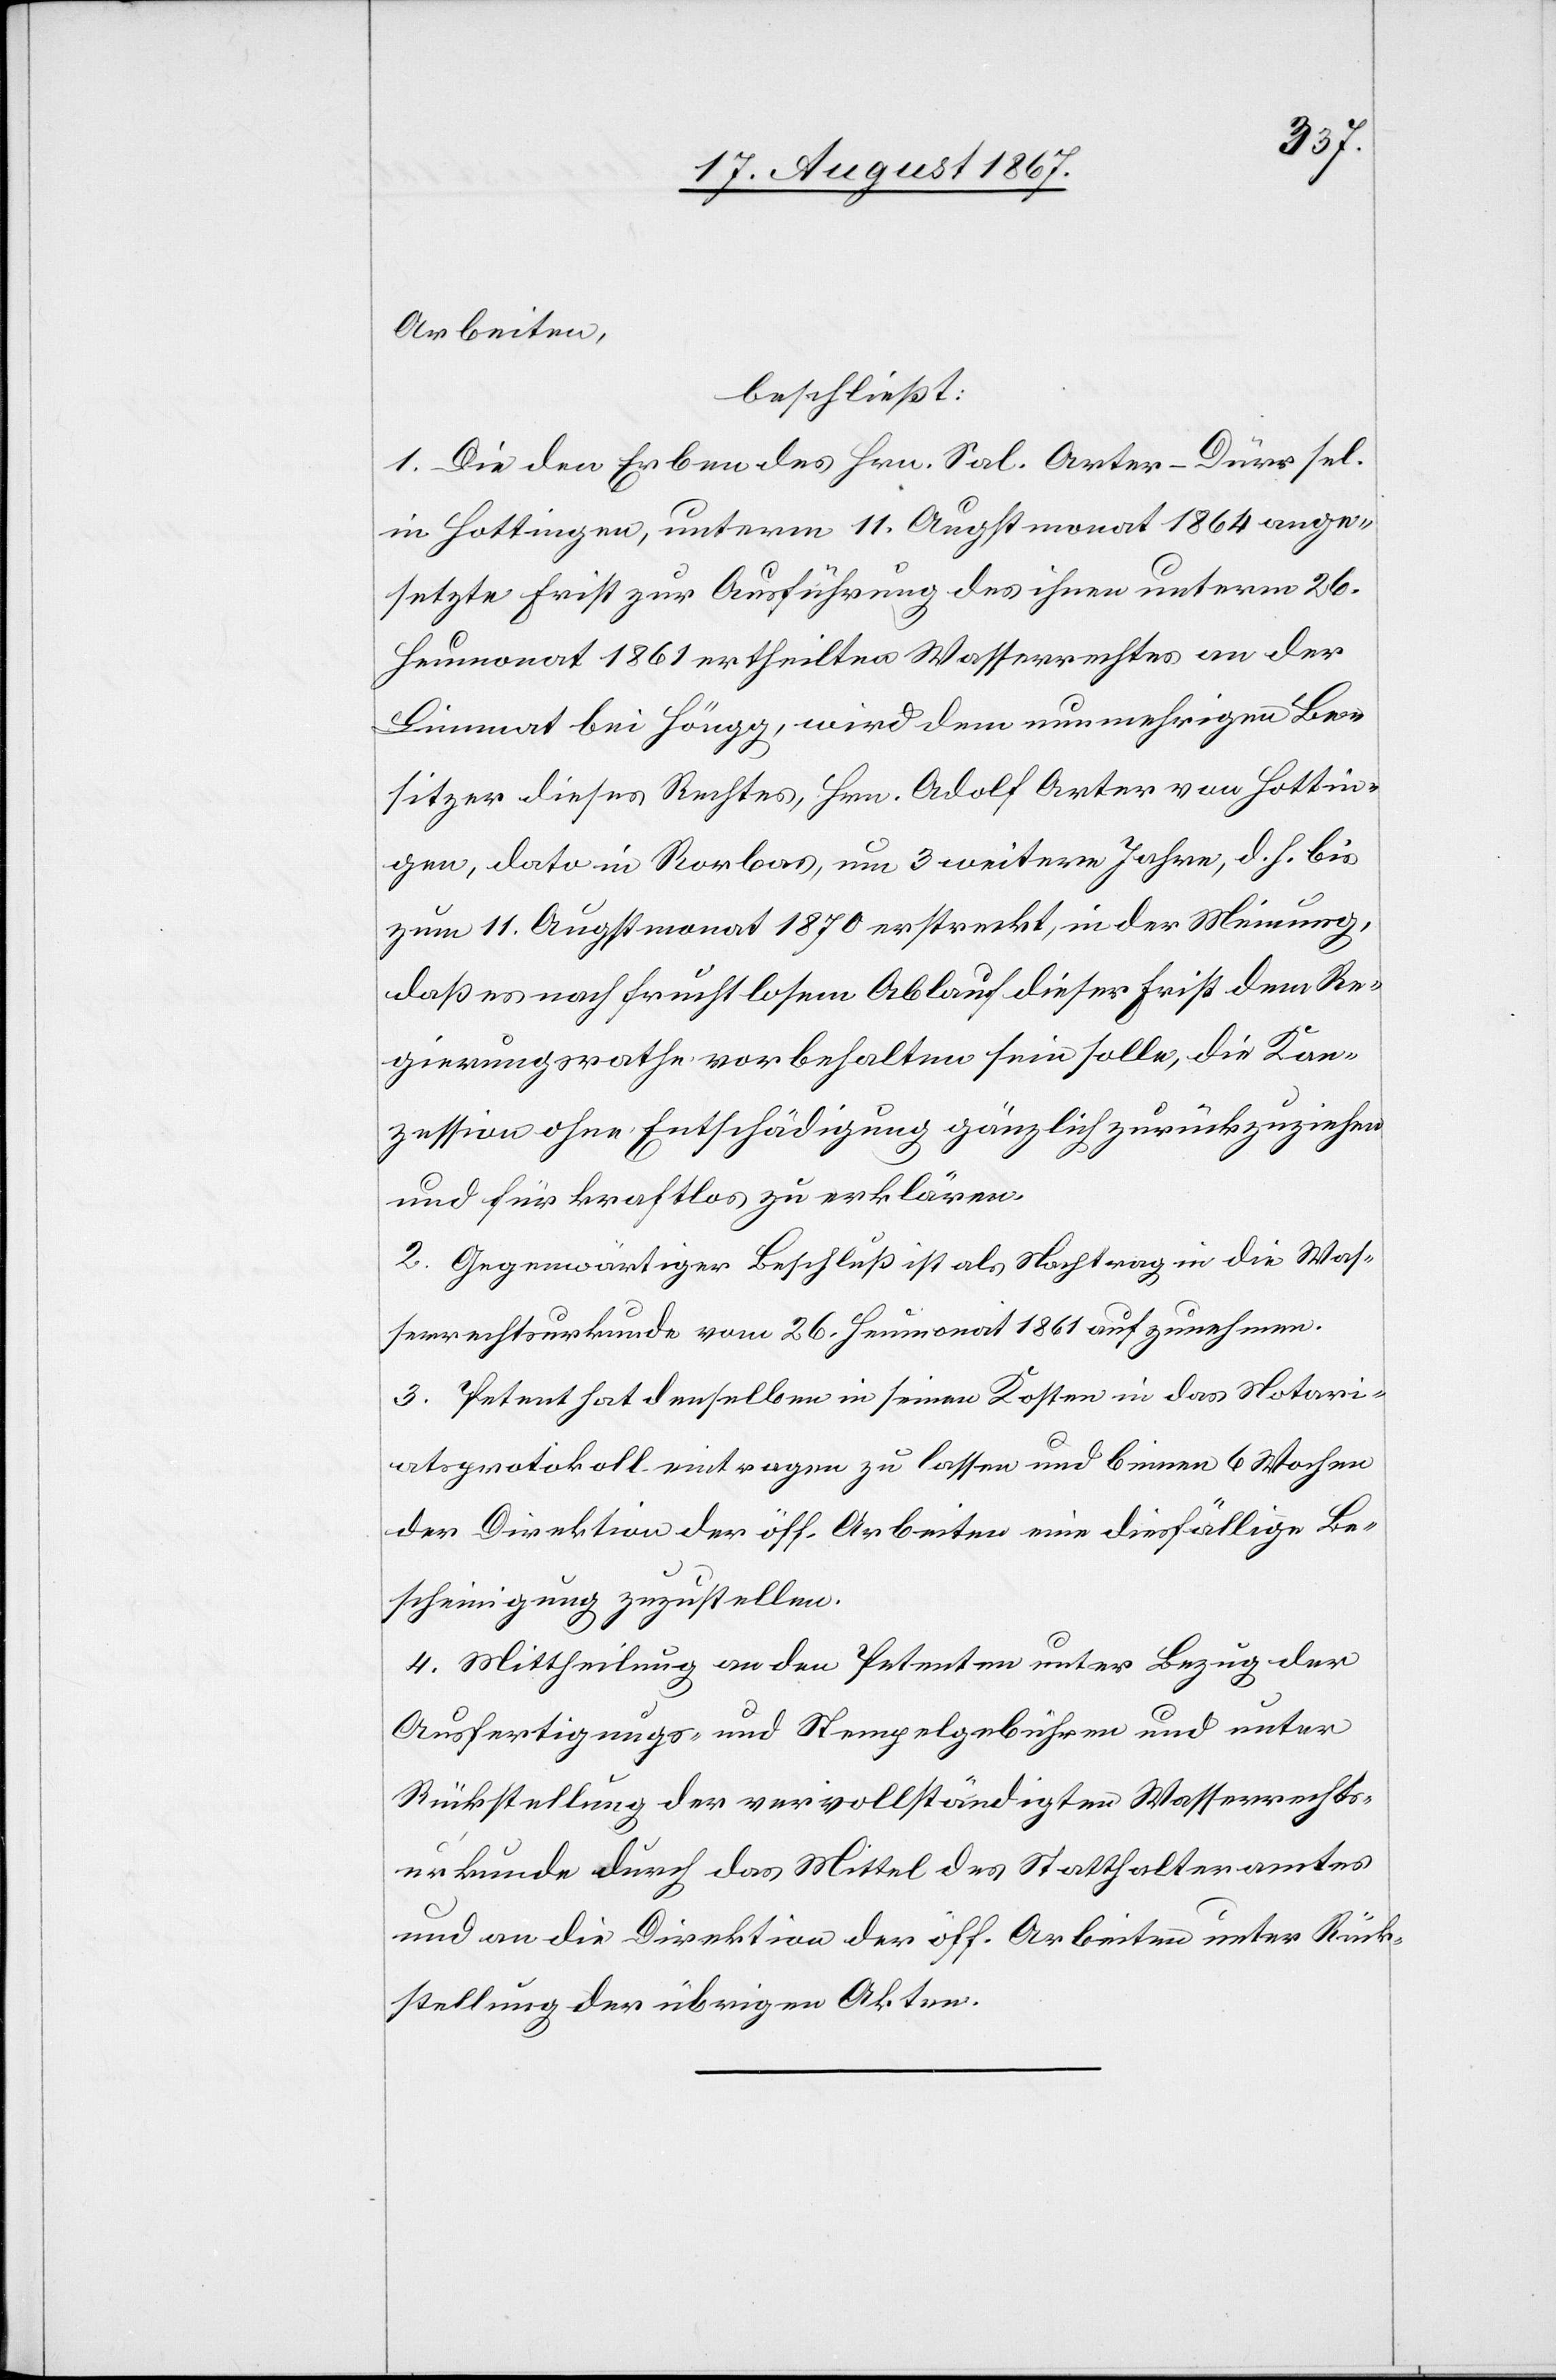
Arbeiten,
beschließt:
1. Die den Erben des Hrn. Sal. Arter-Dürer sel.
in Hottingen, unterm 11. Augstmonat 1864 ange¬
setzte Frist zur Ausführung des ihnen unterm 26.
Heumonat 1861 ertheilten Wasserrechtes an der
Limmat bei Höngg, wird dem nunmehrigen Be¬
sitzer dieses Rechtes, Hrn. Adolf Arter von Hottin¬
gen, dato in Rorbas, um 3 weitere Jahre, d. h. bis
zum 11. Augstmonat 1870 erstreckt, in der Meinung,
daß es nach fruchtlosem Ablauf dieser Frist dem Re¬
gierungsrathe vorbehalten sein solle, die Kon¬
zession ohne Entschädigung gänzlich zurückzuziehen
und für erloschen zu erklären.
2. Gegenwärtiger Beschluß ist als Nachtrag in die Was¬
serrechtsurkunde vom 26. Heumonat 1861 aufzunehmen.
3. Petent hat denselben in seinen Kosten in das Notari¬
atsprotokoll eintragen zu lassen und binnen 6 Wochen
der Direktion der öff. Arbeiten eine diesfällige Be¬
scheinigung zuzustellen.
4. Mittheilung an den Petenten unter Bezug der
Ausfertigungs- und Stempelgebühren und unter
Rückstellung der vervollständigten Wasserrechts¬
urkunde durch das Mittel des Statthalteramtes
und an die Direktion der öff. Arbeiten unter Rück¬
stellung der übrigen Akten.